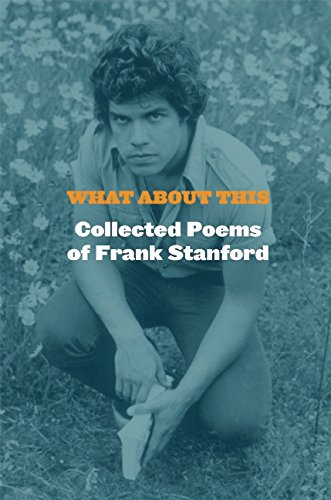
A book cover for What About This: Collected Poems of Frank Stanford; Frank Stanford; Literature & Fiction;